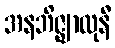
အနဘိဇ္ဈာလုနီ